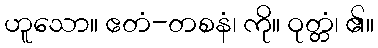
ဟူသော။ ဧတံ-တစနံ၊ ကို။ ဝုတ္တံ၊ ၏။